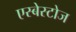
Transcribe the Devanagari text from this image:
एस्बेस्टोज